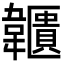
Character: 𩏱